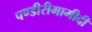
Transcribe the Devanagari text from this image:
पण्डीरीमामीदी